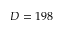
D = 1 9 8